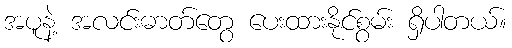
အပူနဲ့ အလင်းဓာတ်တွေ ပေးထားနိုင်စွမ်း ရှိပါတယ်။